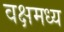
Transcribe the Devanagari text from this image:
वक्षमध्य